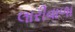
લારીવાળા